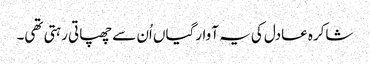
شاکرہ عادل کی یہ آوارگیاں اُن سے چھپاتی رہتی تھی۔